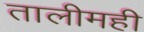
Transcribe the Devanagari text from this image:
तालीमही